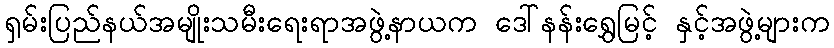
ရှမ်းပြည်နယ်အမျိုးသမီးရေးရာအဖွဲ့နာယက ဒေါ်နန်းရွှေမြင့် နှင့်အဖွဲ့များက